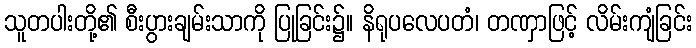
သူတပါးတို့၏ စီးပွားချမ်းသာကို ပြုခြင်း၌။ နိရုပလေပတံ၊ တဏှာဖြင့် လိမ်းကျံခြင်း